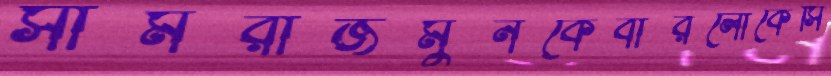
সামরাজমুনকেবারলোকেসি